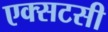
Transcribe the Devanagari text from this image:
एक्सटसी